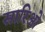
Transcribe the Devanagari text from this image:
सारिओ